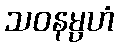
သဝနမ္ပဟံ